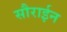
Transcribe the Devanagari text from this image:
सौराईन